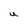
Character: U